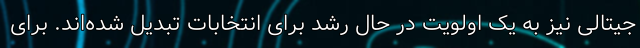
جیتالی نیز به یک اولویت در حال رشد برای انتخابات تبدیل شده‌اند. برای